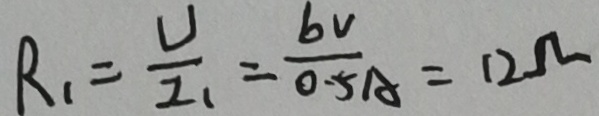
R _ { 1 } = \frac { U } { I _ { 1 } } = \frac { 6 v } { 0 . 5 A } = 1 2 \Omega